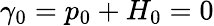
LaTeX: \gamma_{0}=p_{0}+H_{0}=0